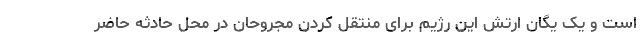
است و یک یگان ارتش این رژیم برای منتقل کردن مجروحان در محل حادثه حاضر